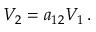
V _ { 2 } = a _ { 1 2 } V _ { 1 } \, .